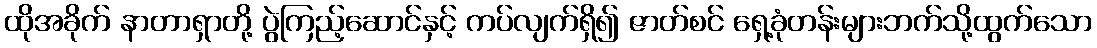
ထိုအခိုက် နာတာရှာတို့ ပွဲကြည့်ဆောင်နှင့် ကပ်လျက်ရှိ၍ ဇာတ်စင် ရှေ့ခုံတန်းများဘက်သို့ထွက်သော